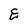
Character: E